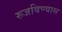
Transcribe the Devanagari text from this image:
रुजविण्यास